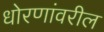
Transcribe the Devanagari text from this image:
धोरणांवरील